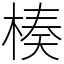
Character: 楱